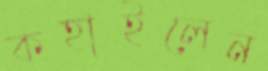
কহাইলেন